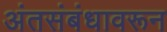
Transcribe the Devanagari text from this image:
अंतसंबंधावरून